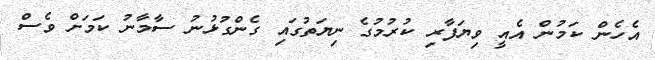
އެހެން ކަމުން އެއީ ވިޔަފާރި ކުރުމުގެ ނިޔަތުގައި ގެންގުޅުނު ސާމާނު ކަމަށް ވެސް